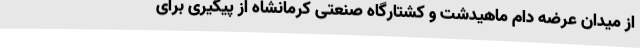
از میدان عرضه دام ماهیدشت و کشتارگاه صنعتی کرمانشاه از پیگیری برای